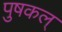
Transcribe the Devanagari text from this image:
पुषकल्